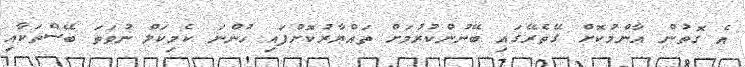
އެ ގޮތުން އާންމުކޮށް ގޭތެރޭގައި ބޭނުންކުރުމަށް ތައްޔާރުކޮށްފައި ހުންނަ ކެމިކަލް ނުވަތަ ބޭސްތަކާއި